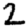
Digit: 2